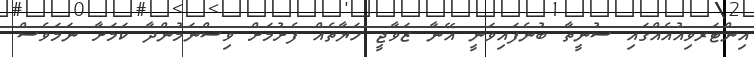
އިންޓަރވިއުއެއްގައި ސުނީތާ ބުނެފައިވަނީ އޭނާ ޒަވާޖީ ހަޔާތެއް ފެށުމަށް ވިސްނަމުންދާ ކަމަށާ ނަމަވެސް